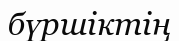
бүршіктің